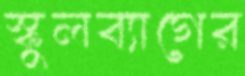
স্কুলব্যাগের